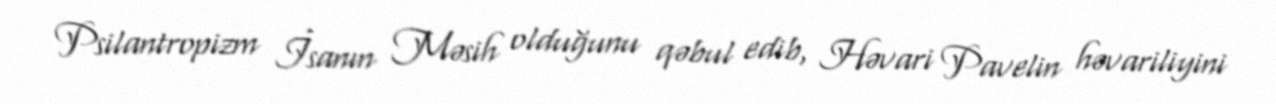
Psilantropizm İsanın Məsih olduğunu qəbul edib, Həvari Pavelin həvariliyini